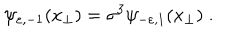
\psi _ { \varepsilon , - 1 } ( x _ { \perp } ) = \sigma ^ { 3 } \psi _ { - \varepsilon , 1 } ( x _ { \perp } ) \; .